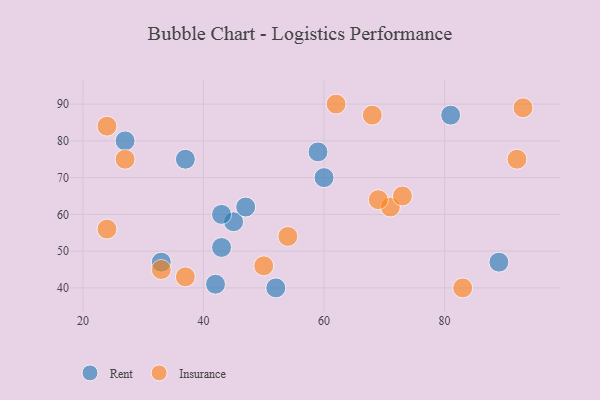
{"axis": {"x": "GDP", "y": "Life Expectancy"}, "legend": ["Insurance", "Rent"], "data": [{"x": "60", "y": 70, "type": "Rent"}, {"x": "27", "y": 80, "type": "Rent"}, {"x": "81", "y": 87, "type": "Rent"}, {"x": "37", "y": 75, "type": "Rent"}, {"x": "45", "y": 58, "type": "Rent"}, {"x": "33", "y": 47, "type": "Rent"}, {"x": "43", "y": 60, "type": "Rent"}, {"x": "89", "y": 47, "type": "Rent"}, {"x": "59", "y": 77, "type": "Rent"}, {"x": "42", "y": 41, "type": "Rent"}, {"x": "52", "y": 40, "type": "Rent"}, {"x": "47", "y": 62, "type": "Rent"}, {"x": "43", "y": 51, "type": "Rent"}, {"x": "27", "y": 75, "type": "Insurance"}, {"x": "24", "y": 84, "type": "Insurance"}, {"x": "62", "y": 90, "type": "Insurance"}, {"x": "50", "y": 46, "type": "Insurance"}, {"x": "71", "y": 62, "type": "Insurance"}, {"x": "73", "y": 65, "type": "Insurance"}, {"x": "69", "y": 64, "type": "Insurance"}, {"x": "24", "y": 56, "type": "Insurance"}, {"x": "33", "y": 45, "type": "Insurance"}, {"x": "93", "y": 89, "type": "Insurance"}, {"x": "54", "y": 54, "type": "Insurance"}, {"x": "83", "y": 40, "type": "Insurance"}, {"x": "92", "y": 75, "type": "Insurance"}, {"x": "68", "y": 87, "type": "Insurance"}, {"x": "37", "y": 43, "type": "Insurance"}]}